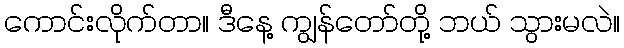
ကောင်းလိုက်တာ။ ဒီနေ့ ကျွန်တော်တို့ ဘယ် သွားမလဲ။